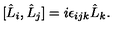
[ \hat { L } _ { i } , \hat { L } _ { j } ] = i \epsilon _ { i j k } \hat { L } _ { k } .